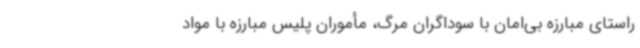
راستای مبارزه بی‌امان با سوداگران مرگ، مأموران پلیس مبارزه با مواد